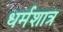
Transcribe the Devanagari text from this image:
धर्मशात्र